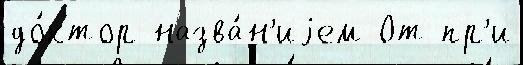
до́ктор назва́н'иjем От пр'и